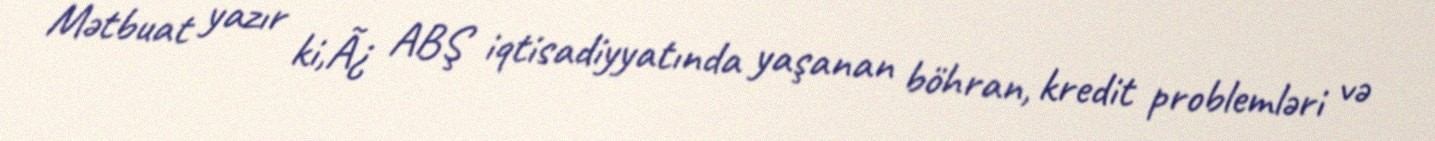
Mətbuat yazır ki,Ã¿ ABŞ iqtisadiyyatında yaşanan böhran, kredit problemləri və